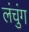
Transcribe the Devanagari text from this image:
लंचुंग